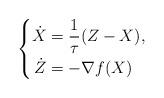
LaTeX: \begin{align*} \left\{ \begin{aligned} \dot{X} &= \frac{1}{\tau} (Z - X),\\ \dot{Z} &= -\nabla f(X) \end{aligned} \right.\end{align*}